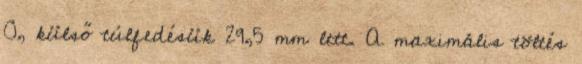
0, külső túlfedésük 29,5 mm lett. A maximális töltés